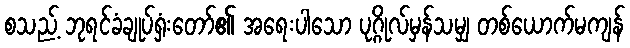
စသည့် ဘုရင်ခံချုပ်ရှံးတော်၏ အရေးပါသော ပုဂ္ဂိုလ်မှန်သမျှ တစ်ယောက်မကျန်